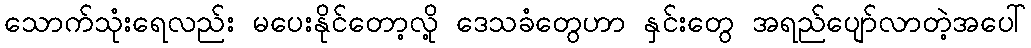
သောက်သုံးရေလည်း မပေးနိုင်တော့လို့ ဒေသခံတွေဟာ နှင်းတွေ အရည်ပျော်လာတဲ့အပေါ်